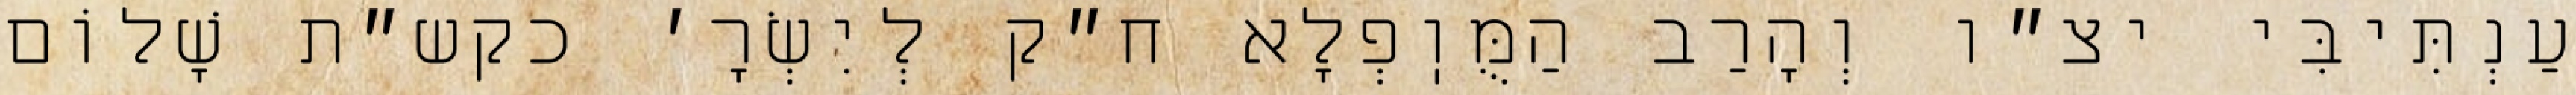
עַנְתִּיבִּי יצ״ו וְהָרַב הַמֻּוֽפְלָא ח״ק לְיִשְׂרָ׳ כקש״ת שָׁלוֹם